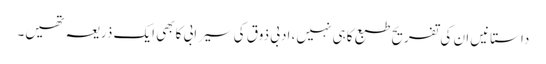
داستانیں ان کی تفریحِ طبع کاہی نہیں، ادبی ذوق کی سیرابی کابھی ایک ذریعہ تھیں۔